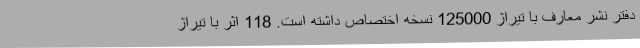
دفتر نشر معارف با تیراژ 125000 نسخه اختصاص داشته است. 118 اثر با تیراژ